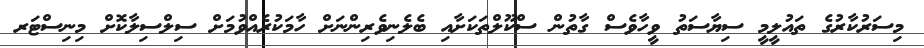
މިސަރުކާރުގެ ތައުލީމީ ސިޔާސަތު ވީހާވެސް ގާތުން ސްކޫލްތަކަށާއި ބެލެނިވެރިންނަށް ހާމަކުރެއްވުމަށް ސިލްސިލާކޮށް މިނިސްޓަރ